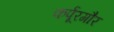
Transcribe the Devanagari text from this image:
कर्पूरगौर